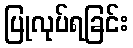
ပြုလုပ်ရခြင်း